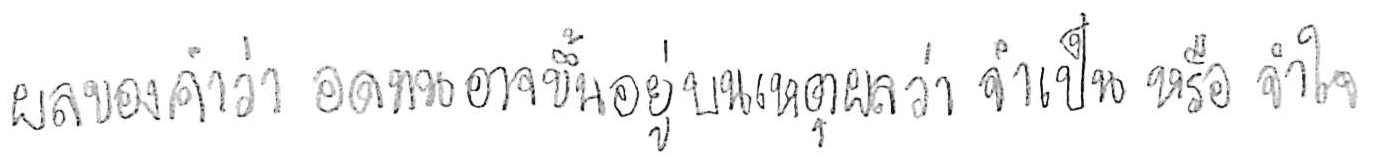
ผลของคำว่า อดทน อาจขึ้นอยู่บนเหตุผลว่า จำเป็น หรือ จำใจ